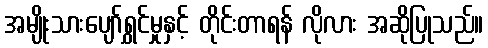
အမျိုးသားပျော်ရွှင်မှုနှင့် တိုင်းတာရန် လိုလား အဆိုပြုသည်။